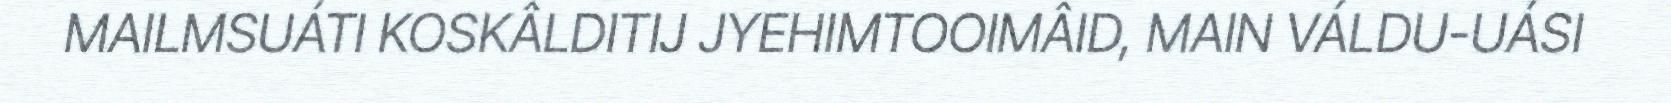
MAILMSUÁTI KOSKÂLDITIJ JYEHIMTOOIMÂID, MAIN VÁLDU-UÁSI